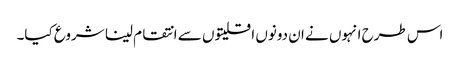
اس طرح انہوں نے ان دونوں اقلیتوں سے انتقام لینا شروع کیا۔